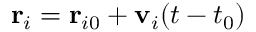
\mathbf { r } _ { i } = \mathbf { r } _ { i 0 } + \mathbf { v } _ { i } ( t - t _ { 0 } )